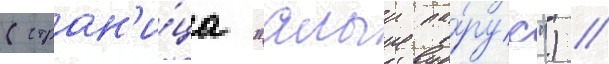
(стран'и́ца "алыи па́рус") //